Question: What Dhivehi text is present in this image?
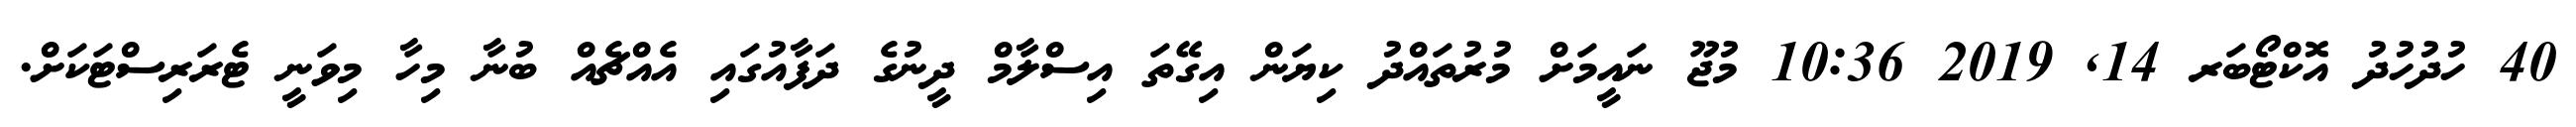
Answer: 40 ހުދުހުދު އޮކްޓޯބަރ 14, 2019 10:36 މުޖޫ ނައީމަށް މުރުތައްދު ކިޔަން އިގޭތަ އިސްލާމް ދީނުގެ ދަފާއުގައި އެއްޗެއް ބުނާ މިހާ މިވަނީ ޓެރަރިސްޓަކަށް.